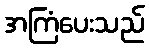
အကြံပေးသည်